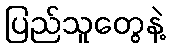
ပြည်သူတွေနဲ့